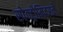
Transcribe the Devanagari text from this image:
स्पेक्ट्रोमिटरने